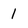
Character: 1